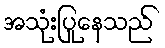
အသုံးပြုနေသည်